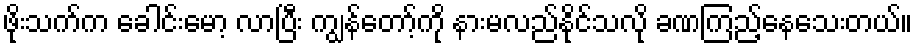
ဖိုးသက်က ခေါင်းမော့ လာပြီး ကျွန်တော့်ကို နားမလည်နိုင်သလို ခဏကြည့်နေသေးတယ်။